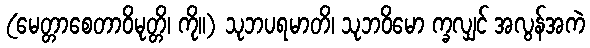
(မေတ္တာစေတာဝိမုတ္တိ၊ ကို။) သုဘပရမာတိ၊ သုဘဝိမော က္ခလျှင် အလွန်အကဲ